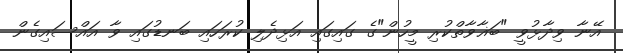
އޭނާ ވިދާޅުވީ "ބަޣާވާތްކުރި މީހުން"ގެ ގައިގައި އަޅިދެލި ކުރަހައި ބަނޑުގައި ވާ އައްސައިގެން